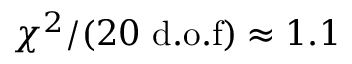
\chi ^ { 2 } / ( 2 0 ~ \mathrm { d . o . f } ) \approx 1 . 1